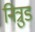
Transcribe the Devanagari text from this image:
नित्रुड